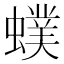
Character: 䗱